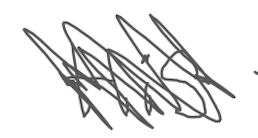
Text: His
Cross-out: scratch
Writing tool: digital_gray